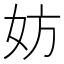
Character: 妨